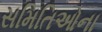
સમિતિઓના